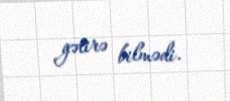
gətirə bilmədi.